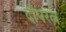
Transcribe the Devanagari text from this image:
दीपरत्न